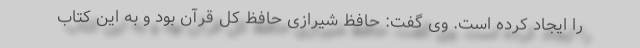
را ایجاد کرده است. وی گفت: حافظ شیرازی حافظ کل قرآن بود و به این کتاب